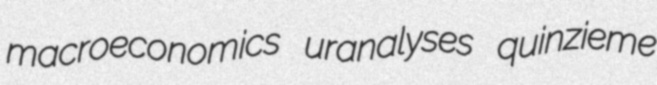
macroeconomics uranalyses quinzieme